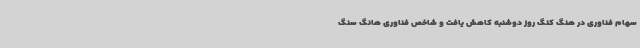
سهام فناوری در هنگ کنگ روز دوشنبه کاهش یافت و شاخص فناوری هانگ سنگ